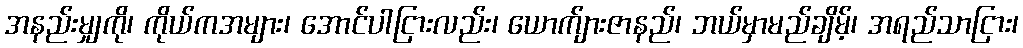
အနည်းမျှကို၊ ကိုယ်ကအများ၊ အောင်ပါငြားလည်း၊ ယောက်ျားဇာနည်၊ ဘယ်မှာမည်ချိမ့်၊ အရည်သာငြား၊